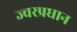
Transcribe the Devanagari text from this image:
ज्वरप्रधान